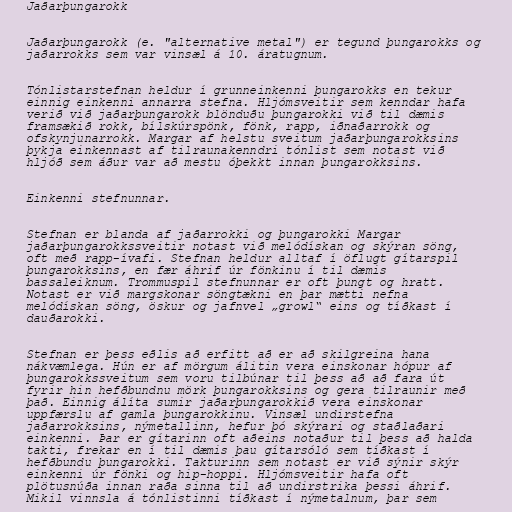
Jaðarþungarokk

Jaðarþungarokk (e. "alternative metal") er tegund þungarokks og
jaðarrokks sem var vinsæl á 10. áratugnum.

Tónlistarstefnan heldur í grunneinkenni þungarokks en tekur
einnig einkenni annarra stefna. Hljómsveitir sem kenndar hafa
verið við jaðarþungarokk blönduðu þungarokki við til dæmis
framsækið rokk, bílskúrspönk, fönk, rapp, iðnaðarrokk og
ofskynjunarrokk. Margar af helstu sveitum jaðarþungarokksins
þykja einkennast af tilraunakenndri tónlist sem notast við
hljóð sem áður var að mestu óþekkt innan þungarokksins.

Einkenni stefnunnar.

Stefnan er blanda af jaðarrokki og þungarokki Margar
jaðarþungarokkssveitir notast við melódískan og skýran söng,
oft með rapp-ívafi. Stefnan heldur alltaf í öflugt gítarspil
þungarokksins, en fær áhrif úr fönkinu í til dæmis
bassaleiknum. Trommuspil stefnunnar er oft þungt og hratt.
Notast er við margskonar söngtækni en þar mætti nefna
melódískan söng, öskur og jafnvel „growl“ eins og tíðkast í
dauðarokki.

Stefnan er þess eðlis að erfitt að er að skilgreina hana
nákvæmlega. Hún er af mörgum álitin vera einskonar hópur af
þungarokkssveitum sem voru tilbúnar til þess að að fara út
fyrir hin hefðbundnu mörk þungarokksins og gera tilraunir með
það. Einnig álíta sumir jaðarþungarokkið vera einskonar
uppfærslu af gamla þungarokkinu. Vinsæl undirstefna
jaðarrokksins, nýmetallinn, hefur þó skýrari og staðlaðari
einkenni. Þar er gítarinn oft aðeins notaður til þess að halda
takti, frekar en í til dæmis þau gítarsóló sem tíðkast í
hefðbundu þungarokki. Takturinn sem notast er við sýnir skýr
einkenni úr fönki og hip-hoppi. Hljómsveitir hafa oft
plötusnúða innan raða sinna til að undirstrika þessi áhrif.
Mikil vinnsla á tónlistinni tíðkast í nýmetalnum, þar sem